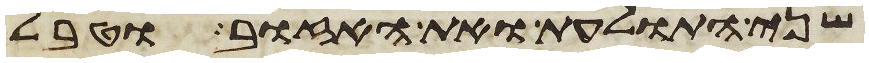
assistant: שני התולעת ואת האזוב וטבל